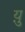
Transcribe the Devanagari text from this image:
य़ु